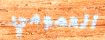
العمومي